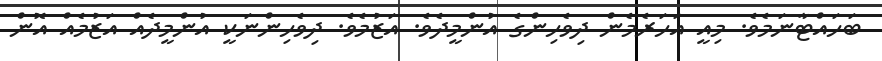
ބަހައްޓާނަމެވެ. މިއީ އަހަރެމެން ދިވެހިންގެ އުންމީދެވެ. އަޒުމެވެ. ދިވެހިންނަކީ އުންމީދެއް އަޒުމެއް އޮން